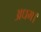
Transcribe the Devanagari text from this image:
अधम।